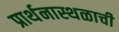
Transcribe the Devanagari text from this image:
प्रार्थनास्थळाची